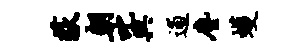
荻朝叱舆逋尘蠖